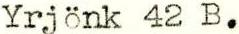
Yrjönk 42 B.